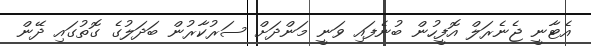
އެޓާނީ ޖެނެރަލް އޮފީހުން ބުނެފައި ވަނީ މަންދަށް ސަރުކާރުން ބަދަލުގެ ގޮތުގައި ދޭން